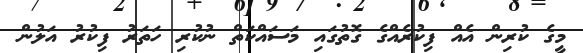
މީގެ ކުރިން އެއް ފިކުރެއްގެ ގޮތުގައި މަސައްކަތް ނުކުރި ހަތަރު ފިކުރު އަލުން